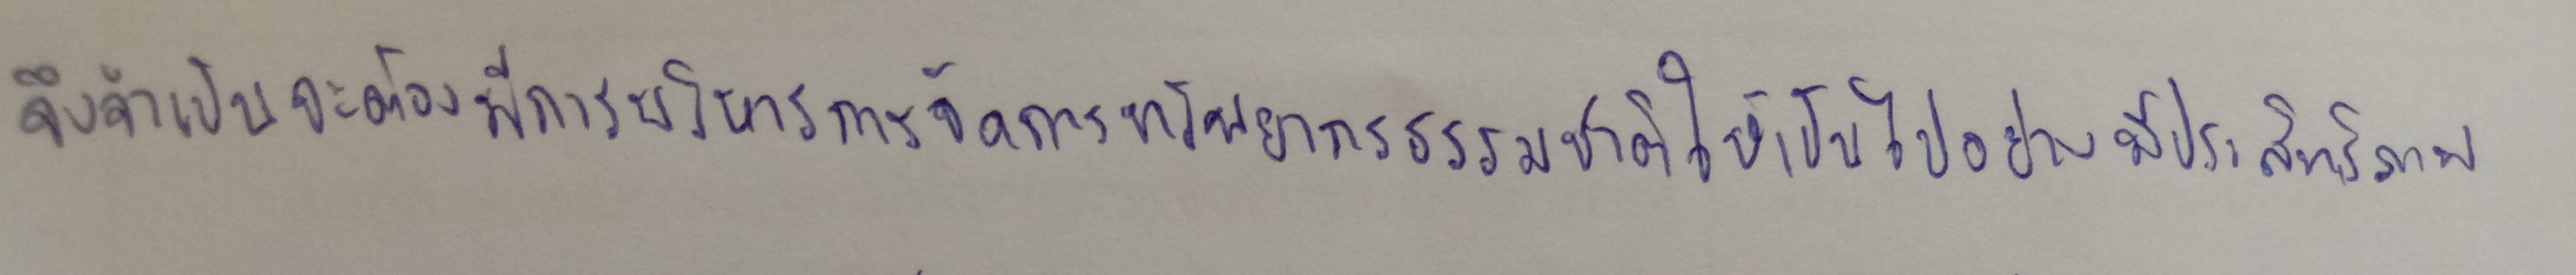
จึงจำเป็นจะต้องมีการบริหารการจัดการทรัพยากรธรรมชาติให้เป็นไปอย่างมีประสิทธิภาพ